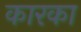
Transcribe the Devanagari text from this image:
कारका